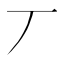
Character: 丆